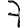
Digit: 7